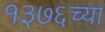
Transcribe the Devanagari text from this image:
१३७६च्या